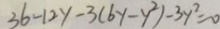
3 6 - 1 2 y - 3 ( 6 y - y ^ { 2 } ) - 3 y ^ { 2 } = 0